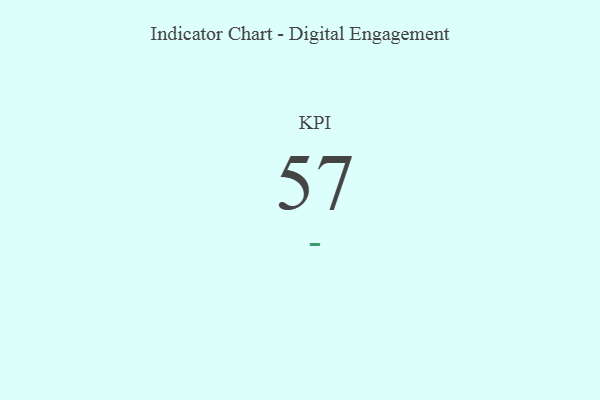
{"axis": {"x": "KPI", "y": "Value"}, "legend": [""], "data": [{"x": "KPI", "y": 57, "type": ""}]}